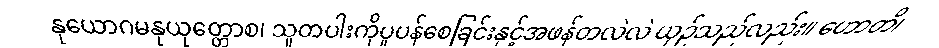
နုယောဂမနုယုတ္တောစ၊ သူတပါးကိုပူပန်စေခြင်းနှင့်အဖန်တလဲလဲ ယှဉ်သည်လည်း။ ဟောတိ၊